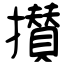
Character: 攅